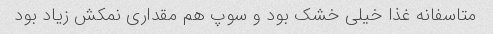
متاسفانه غذا خیلی خشک بود و سوپ هم مقداری نمکش زیاد بود